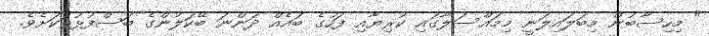
" މިހިސާބުން މިބަލައިލަނީ މިމައްސަލާގައި ކުރިޔާއި ފަހުގެ ބައެއް ދަންނަ ބޭކަލުންގެ ބަސްފުޅުތަކަށެވެ.